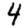
Digit: 4